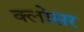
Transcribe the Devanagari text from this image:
क्लोसर